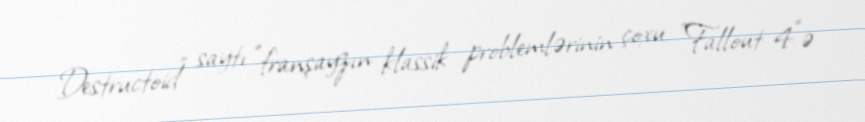
Destructoid" saytı "franşayzın klassik problemlərinin çoxu "Fallout 4"ə